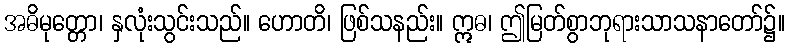
အဓိမုတ္တော၊ နှလုံးသွင်းသည်။ ဟောတိ၊ ဖြစ်သနည်း။ ဣဓ၊ ဤမြတ်စွာဘုရားသာသနာတော်၌။